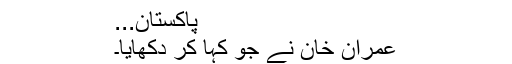
پاکستان...
عمران خان نے جو کہا کر دکھایا۔